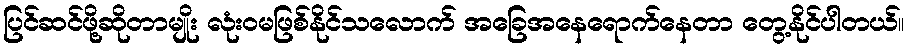
ပြင်ဆင်ဖို့ဆိုတာမျိုး လုံးဝမဖြစ်နိုင်သလောက် အခြေအနေရောက်နေတာ တွေ့နိုင်ပါတယ်။